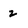
Character: 2